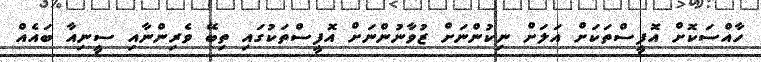
ހާއްސަކޮށް އޮފީސްތަކަށް އަލަށް ނިކުންނަށް ޒުވާނުންނަށް އޮފީސްތަކުގައި ތިބޭ ވެރިންނާއި ސީނިއާ ބައެއް